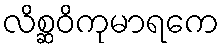
လိစ္ဆဝိကုမာရကေ